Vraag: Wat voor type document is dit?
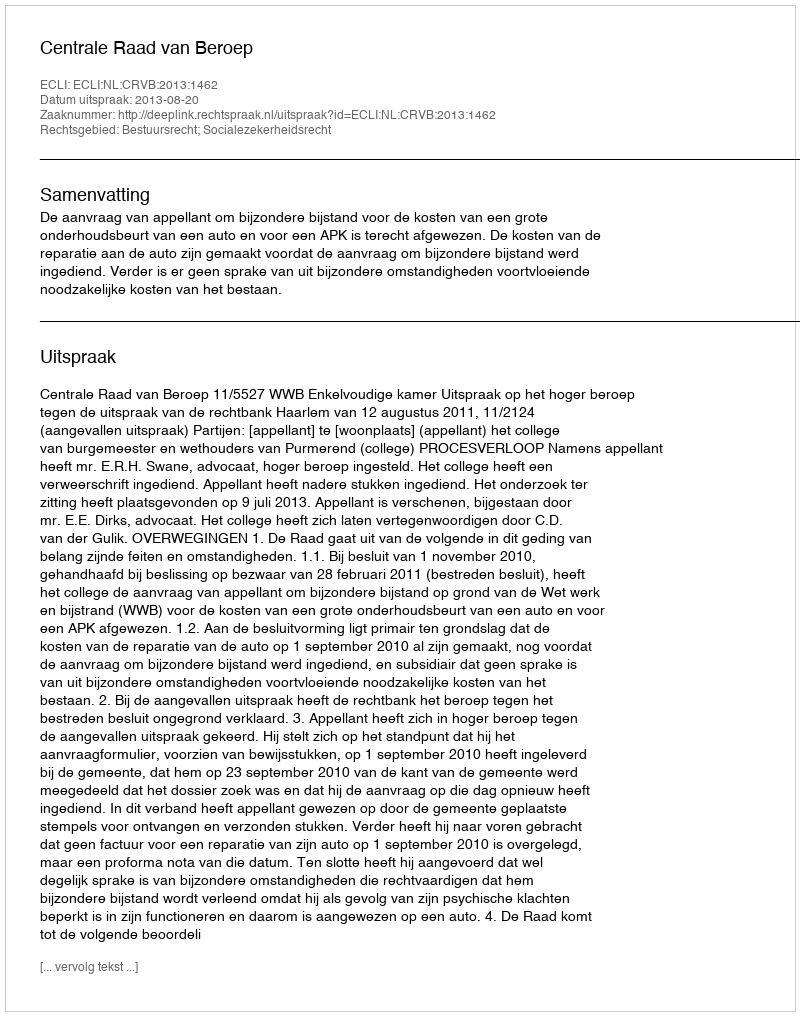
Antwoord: Uitspraak